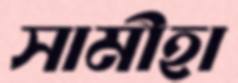
সামীহা